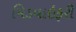
મિડવાઇફરી